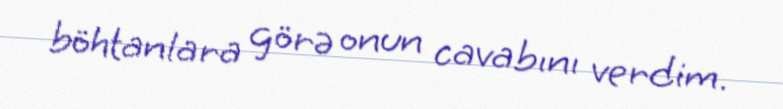
böhtanlara görə onun cavabını verdim.